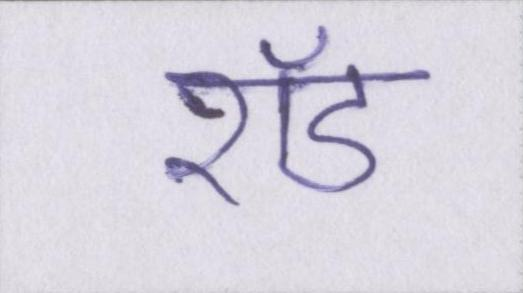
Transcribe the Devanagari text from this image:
रॉड